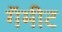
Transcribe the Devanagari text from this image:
गॅमीट